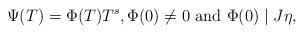
LaTeX: \begin{align*} \Psi(T)=\Phi(T)T^s, \Phi(0)\neq0 \mbox{ and } \Phi(0)\mid J\eta, \end{align*}